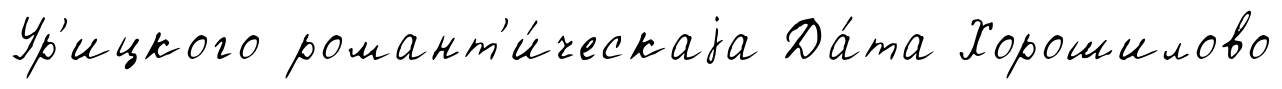
Ур'ицкого романт'и́ческаjа Да́та Хорошилово